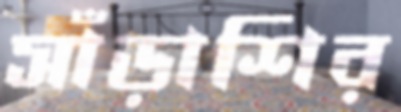
সাঁড়াশির